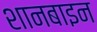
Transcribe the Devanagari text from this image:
शानबाइन